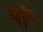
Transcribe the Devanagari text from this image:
पों